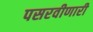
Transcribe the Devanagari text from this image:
पसरवीणारी